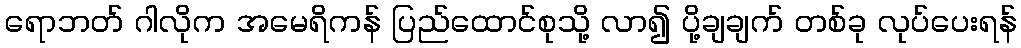
ရောဘတ် ဂါလိုက အမေရိကန် ပြည်ထောင်စုသို့ လာ၍ ပို့ချချက် တစ်ခု လုပ်ပေးရန်